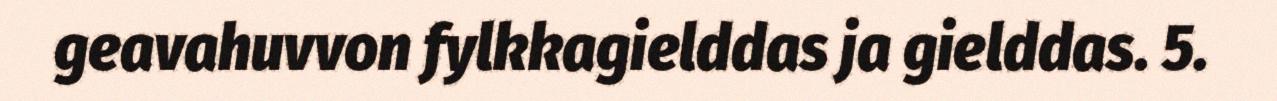
geavahuvvon fylkkagielddas ja gielddas. 5.